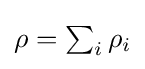
{\textstyle \rho =\sum _{i}\rho _{i}}